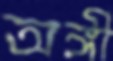
অঙ্গী